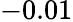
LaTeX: -0.01